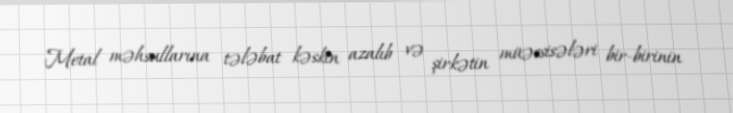
Metal məhsullarına tələbat kəskin azalıb və şirkətin müəssisələri bir-birinin